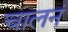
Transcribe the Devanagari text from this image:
चालनं